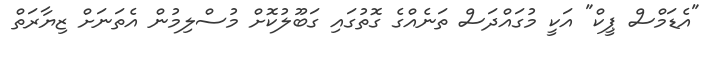
"އެޑަމްސް ޕީކް" އަކީ މުގައްދަސް ތަނެއްގެ ގޮތުގައި ގަބޫލުކޮށް މުސްލިމުން އެތަނަށް ޒިޔާރަތް